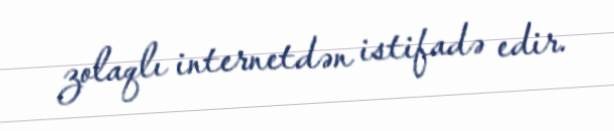
zolaqlı internetdən istifadə edir.